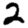
Digit: 2